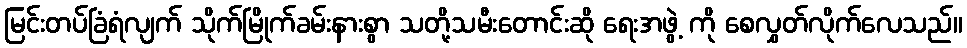
မြင်းတပ်ခြံရံလျက် သိုက်မြိုက်ခမ်းနားစွာ သတို့သမီးတောင်းဆို ရေးအဖွဲ့ ကို စေလွှတ်လိုက်လေသည်။